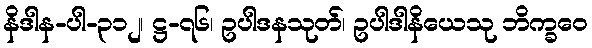
နိဒါန-ပါ-၃၁၂၊ ဋ္ဌ-၇၆၊ ဥပါဒနသုတ်၊ ဥပါဒါနိယေသု ဘိက္ခဝေ